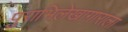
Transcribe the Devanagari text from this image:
पुराभिलेखागाराला